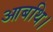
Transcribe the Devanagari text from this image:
आबथि।